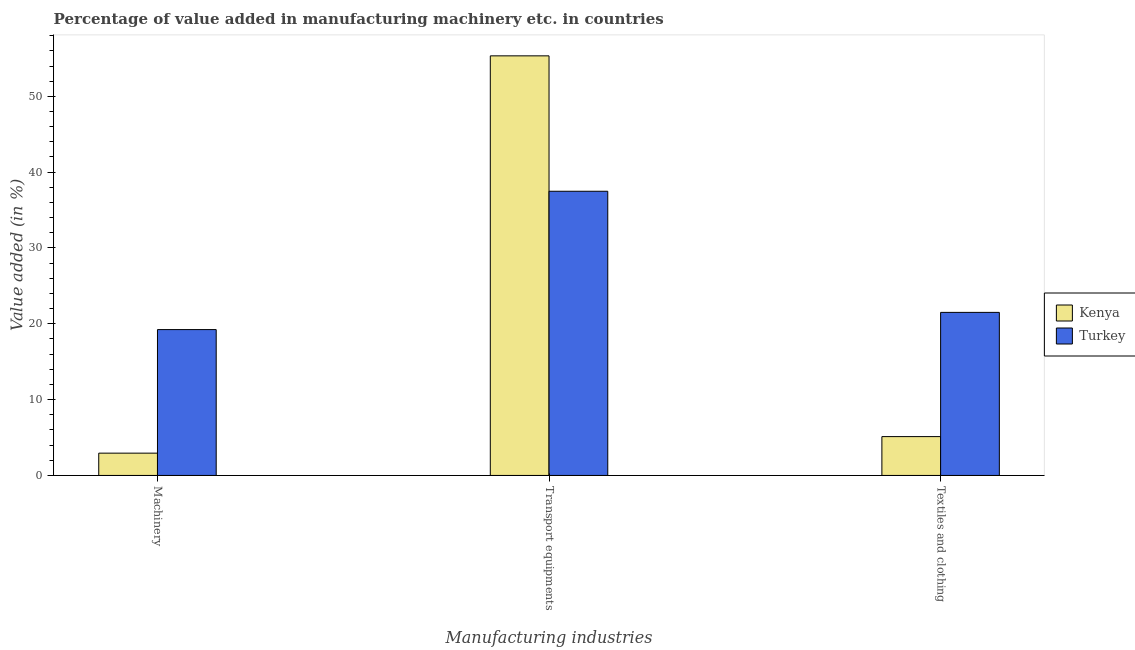
| Manufacturing industries | Kenya | Turkey |
 | --- | --- | --- |
 | Machinery | 2.94 | 19.2 |
 | Transport equipments | 55.3 | 37.5 |
 | Textiles and clothing | 5.12 | 21.5 |